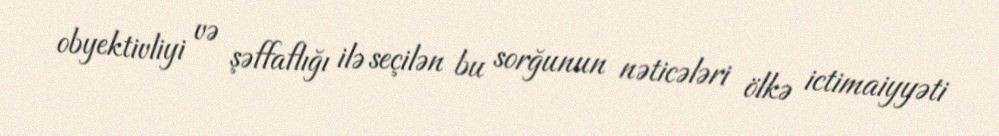
obyektivliyi və şəffaflığı ilə seçilən bu sorğunun nəticələri ölkə ictimaiyyəti